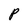
Character: P